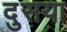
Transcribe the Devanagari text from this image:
दुसया